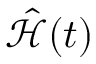
\hat { \mathcal { H } } ( t )